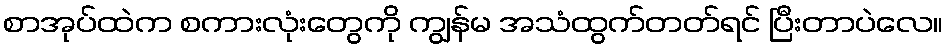
စာအုပ်ထဲက စကားလုံးတွေကို ကျွန်မ အသံထွက်တတ်ရင် ပြီးတာပဲလေ။